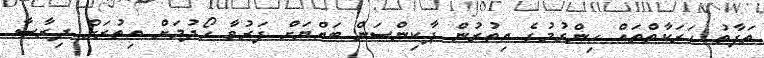
ތަފާތު ހަރަކާތްތައް ހިންގުމުގެ އިތުރުން ޕާކިންސަން ބައްޔަށް ފަރުވާ ހޯދުމަށް އިތުރަށް ދިރާސާ